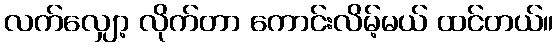
လက်လျှော့ လိုက်တာ ကောင်းလိမ့်မယ် ထင်တယ်။